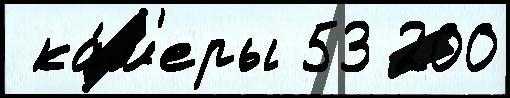
 ка́м'еры 53 200